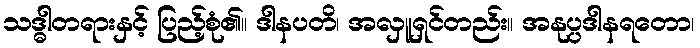
သဒ္ဓါတရားနှင့် ပြည့်စုံ၏။ ဒါနပတိ၊ အလှူရှင်တည်း။ အနုပ္ပဒါနရတော၊